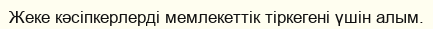
Жеке кәсіпкерлерді мемлекеттік тіркегені үшін алым.